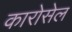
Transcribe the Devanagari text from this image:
कारोसेल